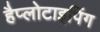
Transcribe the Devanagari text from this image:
हैप्लोटाइपिंग